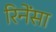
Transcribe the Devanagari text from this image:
रिनेंसा